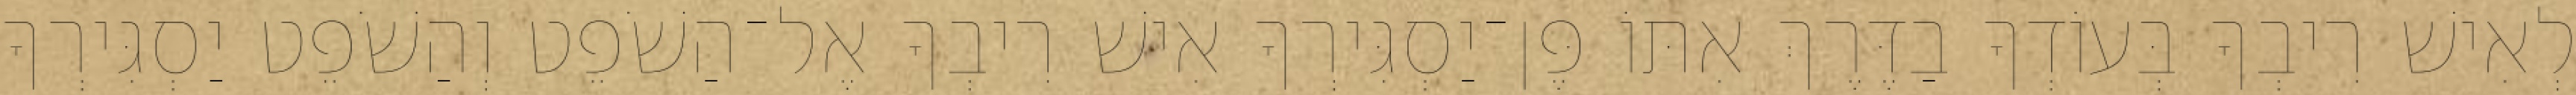
לְאִישׁ רִיבְךָ בְּעוֹדְךָ בַדֶּרֶךְ אִתּוֹ פֶּן־יַסְגִּירְךָ אִישׁ רִיבְךָ אֶל־הַשֹׁפֵט וְהַשֹׁפֵט יַסְגִּירְךָ